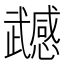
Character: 𭭹